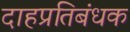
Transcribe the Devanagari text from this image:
दाहप्रतिबंधक